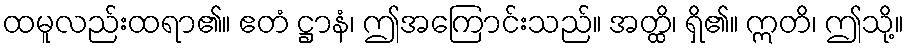
ထမူလည်းထရာ၏။ ဧတံ ဋ္ဌာနံ၊ ဤအကြောင်းသည်။ အတ္ထိ၊ ရှိ၏။ ဣတိ၊ ဤသို့။